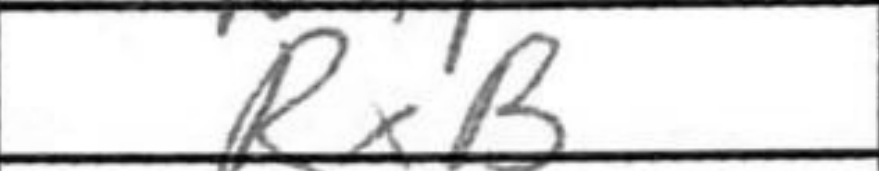
Transcription: RxB